Civil Veterinary Department. Central Provinces & Berar 1932-41 - 1932-1941
Year: 1932
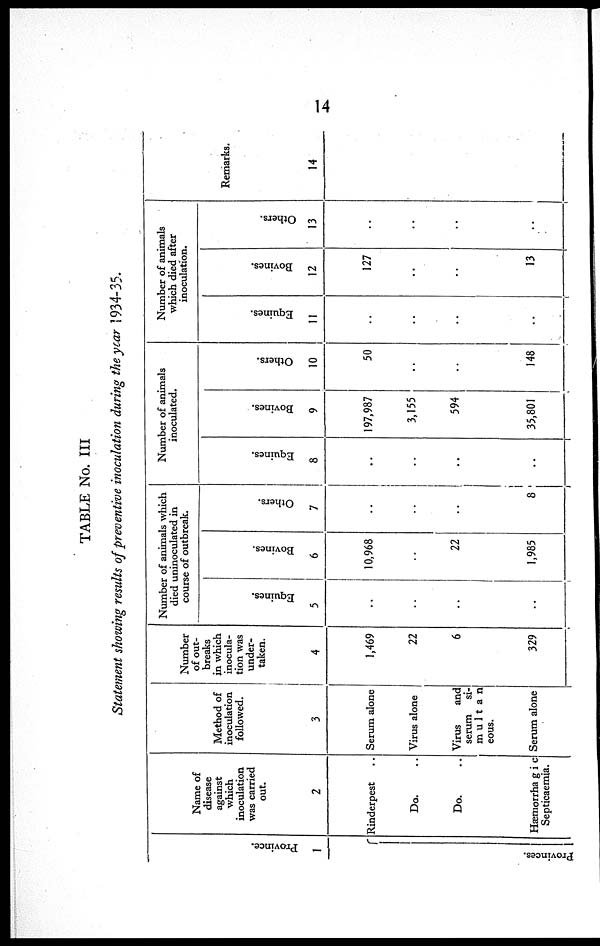
14
TABLE No. III
Statement showing results of preventive inoculation during the year 1934-35.
Pr ovi nce.
1
Pr ovi nces .
Name of
disease
against
which
inoculation
was carried
out.
2
Rinderpest ..
Do. ..
Do. ..
Hæmorrhagic
Septicaemia.
Method of
inoculation
followed.
3
Serum alone
Virus alone
Virus
and
serum si¬
mu1tan
eous.
Serum alone
Number
of out-
breaks
in which
inocula-
tion was
under-
taken.
4
1,469
22
6
329
Number of animals which
died uninoculated in
course of outbreak.
Equi nes .
5
..
..
..
..
Bovi nes .
6
10,968
..
22
1,985
Ot her s.
7
..
..
..
8
Number of animals
inoculated.
Equi nes .
8
..
..
..
..
Bovi nes .
9
197,987
3,155
594
35,801
Ot her s.
10
50
..
..
148
Number of animals
which died after
inoculation.
Equi nes .
11
..
..
..
..
Bovi nes .
12
127
..
..
13
Ot her s .
13
..
..
..
..
Remarks.
14